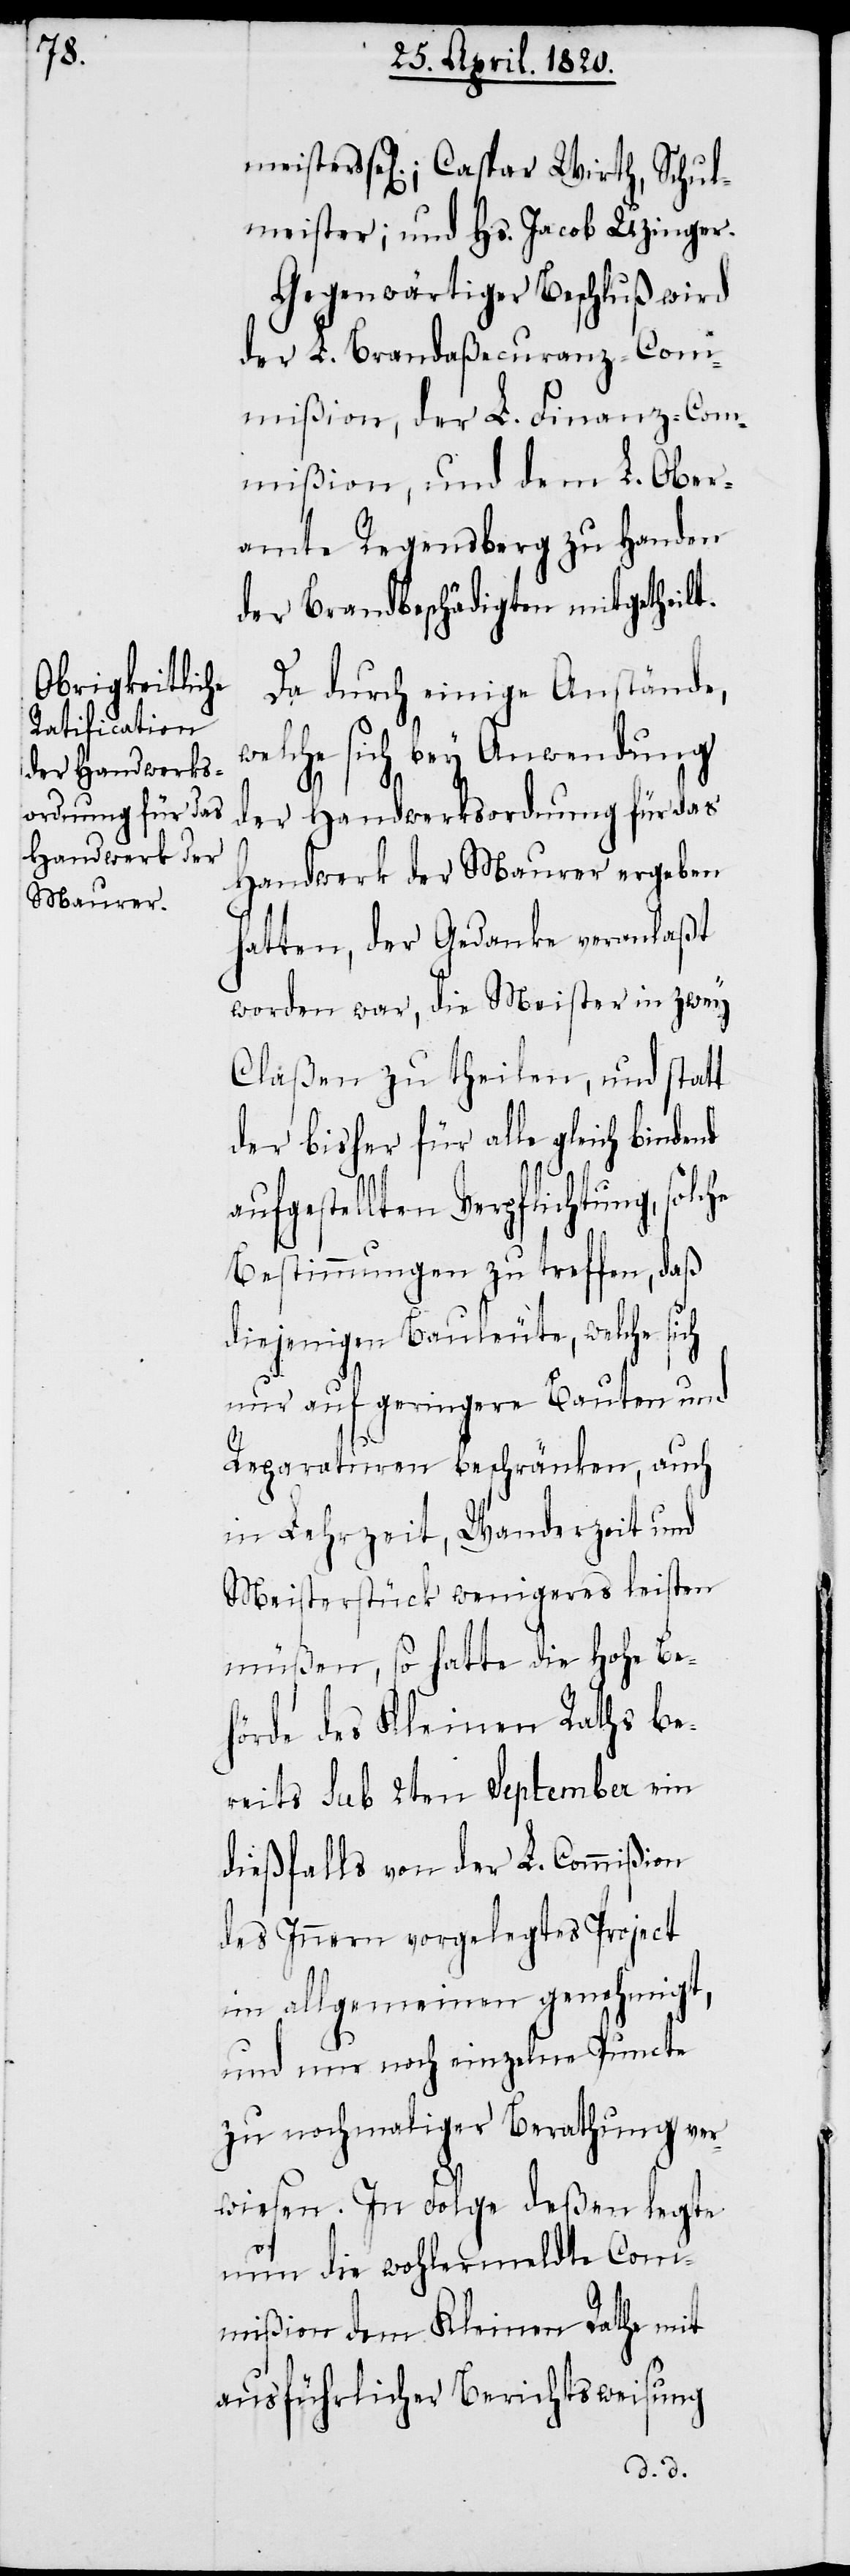
sel[igen].; Caspar Wirth, Schul¬
meister; und Hs. Jacob Uzinger.
Gegenwärtiger Beschluß wird
der L. Brandaßecuranz-Com¬
mißion, der L. Finanz-Com¬
mißion, und dem L. Ober¬
amte Regensberg zu Handen
der Brandbeschädigten mitgetheilt.
Da durch einige Anstände,
welche sich bey Anwendung
he
der Handwerksordnung für das
Handwerk der Maurer ergeben
hatten, der Gedanke veranlaßt
worden war, die Meister in zwey
Claßen zu theilen, und statt
der bisher für alle gleich bindend
aufgestellten Verpflichtung, solc¬
Bestimmungen zu treffen, daß
diejenigen Bauleute, welche sich
nur auf geringere Bauten und
Reparaturen beschränken, auch
in Lehrzeit, Wanderzeit und
Meisterstück wenigeres leisten
müßen, so hatte die Hohe Be¬
hörde des Kleinen Raths be¬
reits Sub 2ten September ein
dießfalls von der L. Commißion
des Innern vorgelegtes Project
im allgemeinen genehmigt,
und nur noch einzelne Puncte
zu nochmaliger Berathung ver¬
wiesen. In Folge deßen legte
nun die wohlermeldte Com¬
mißion dem Kleinen Rathe mit
ausführlicher Berichtsweisung.